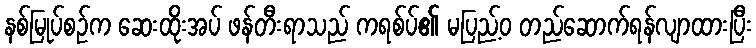
နစ်မြုပ်စဉ်က ဆေးထိုးအပ် ဖန်တီးရာသည် ကရစ်ပ်၏ မပြည့်ဝ တည်ဆောက်ရန်လျာထားပြီး